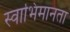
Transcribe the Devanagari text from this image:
स्वाभिमानता